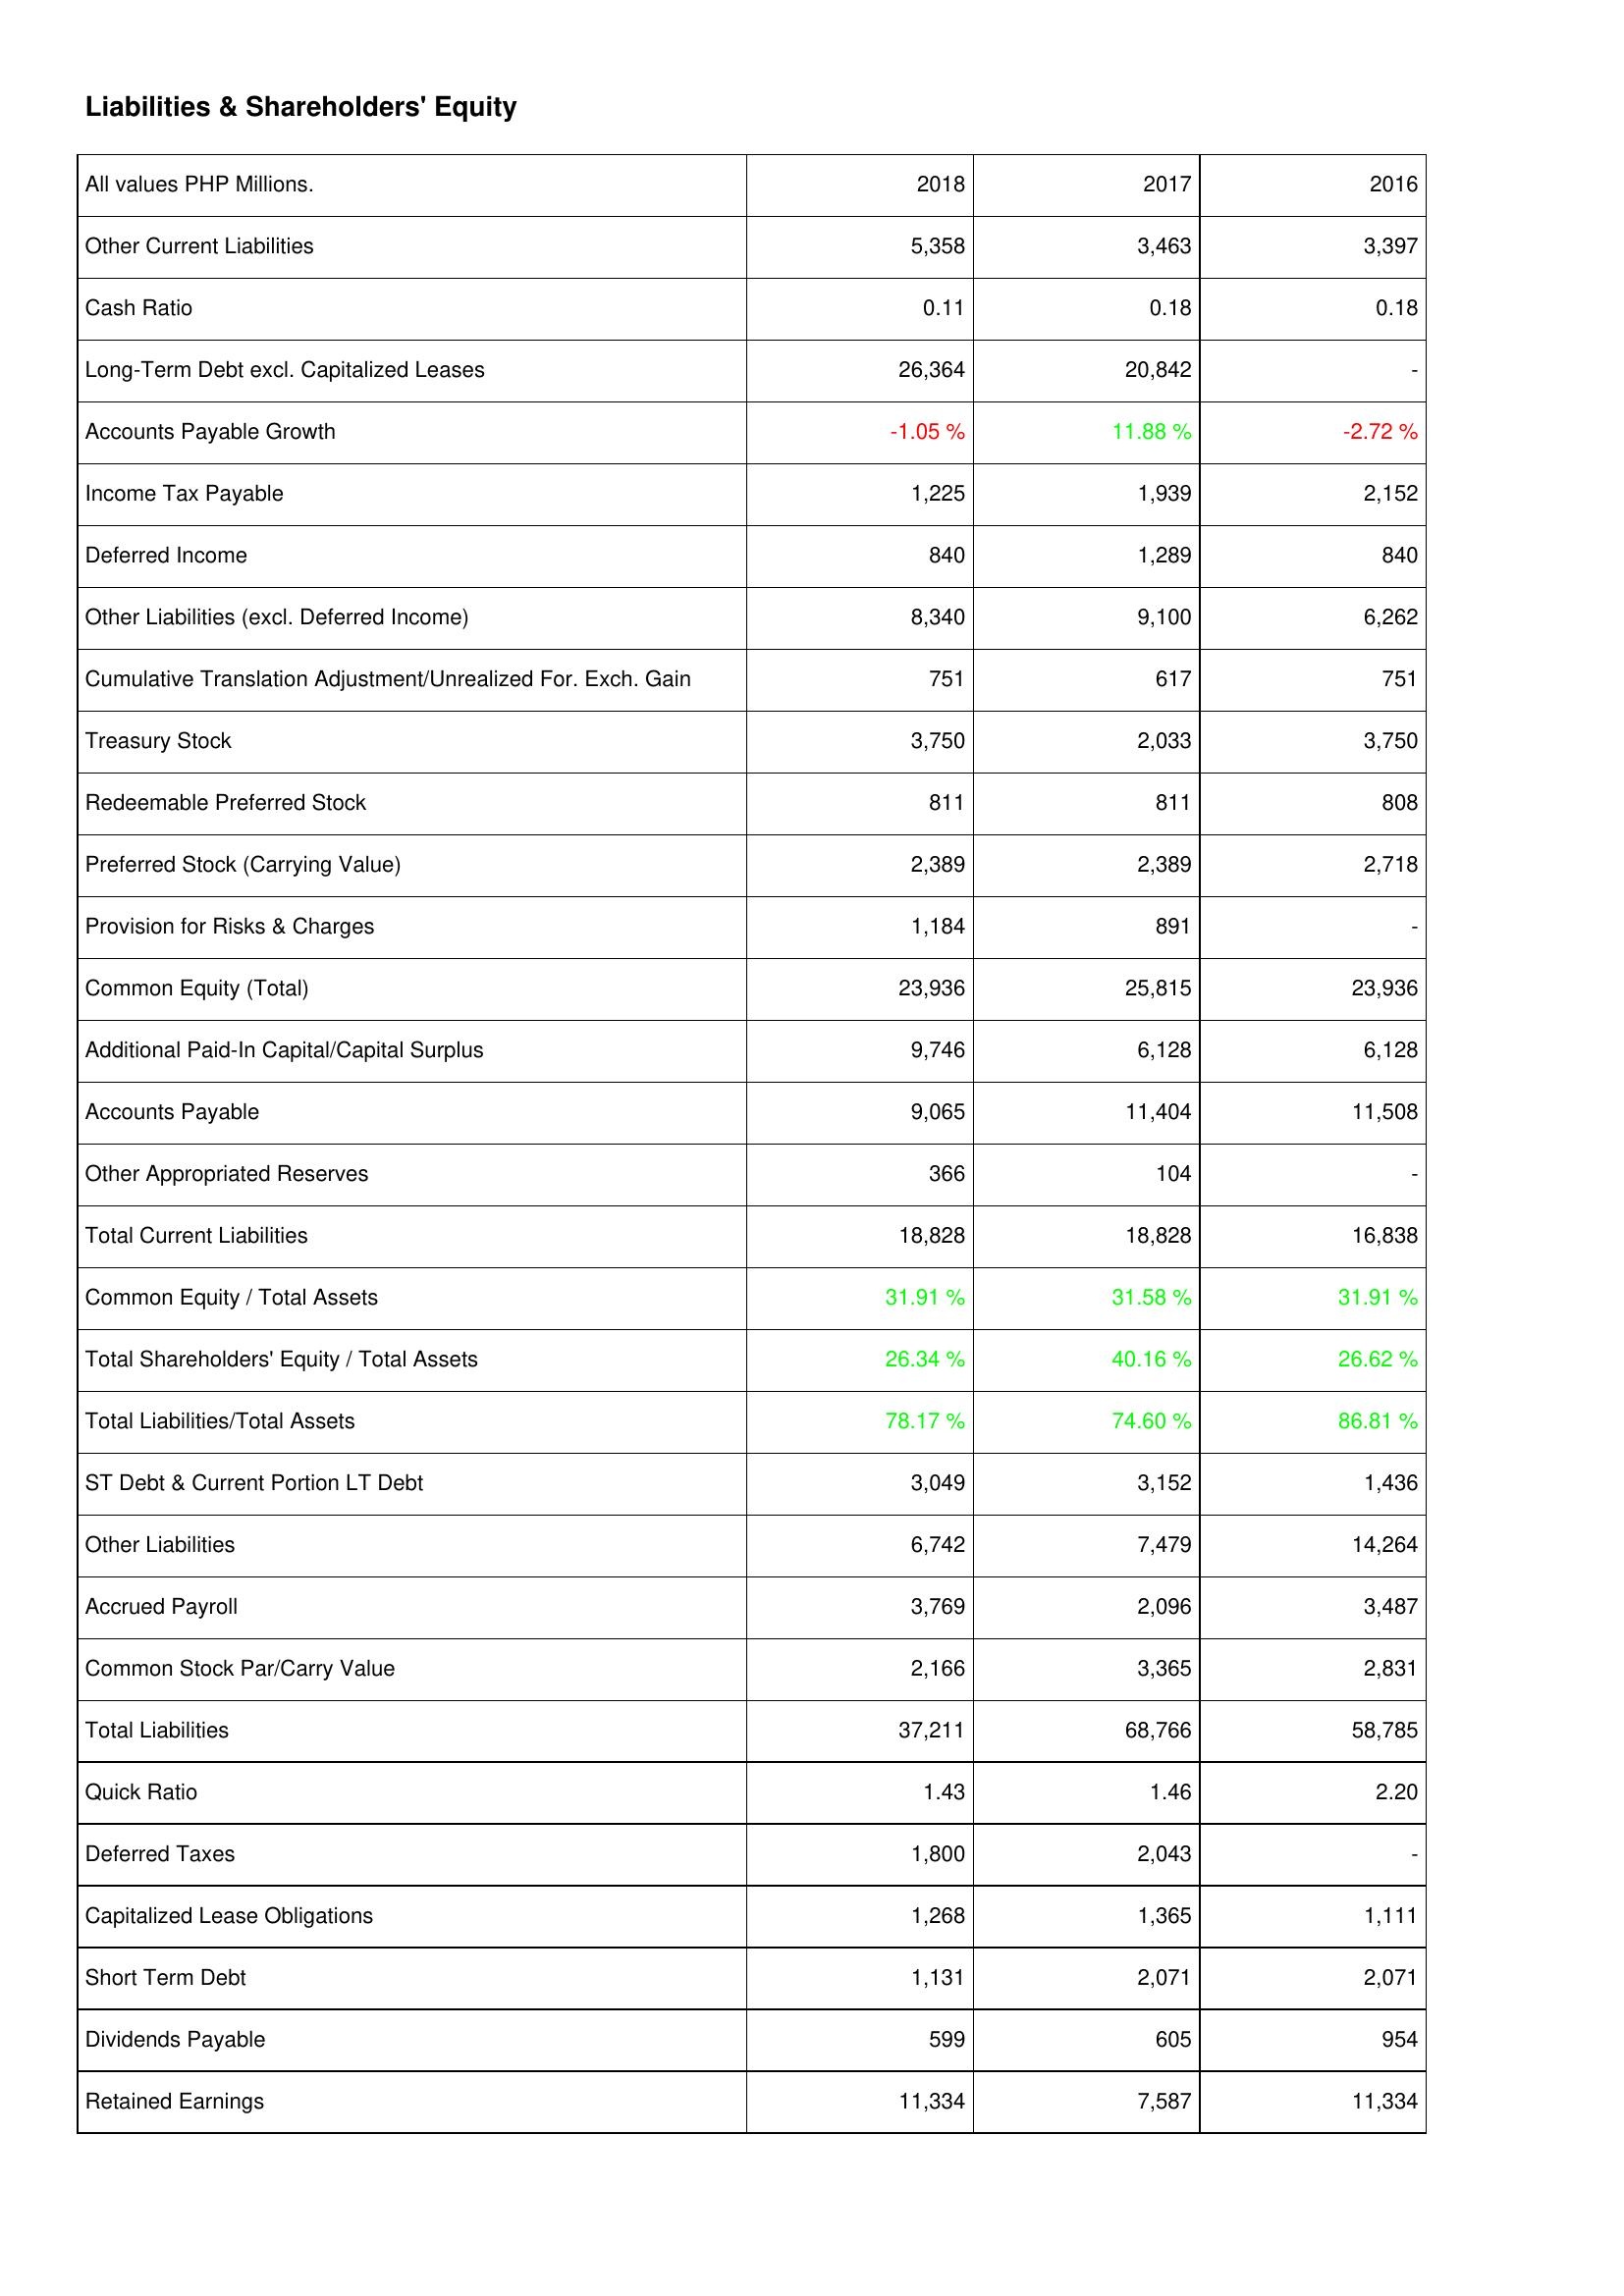
2018: Liabilities & Shareholders' Equity: Other Current Liabilities: 5,358
Cash Ratio: 0.11
Long-Term Debt excl. Capitalized Leases: 26,364
Accounts Payable Growth: -1.05 %
Income Tax Payable: 1,225
Deferred Income: 840
Other Liabilities (excl. Deferred Income): 8,340
Cumulative Translation Adjustment/Unrealized For. Exch. Gain: 751
Treasury Stock: 3,750
Redeemable Preferred Stock: 811
Preferred Stock (Carrying Value): 2,389
Provision for Risks & Charges: 1,184
Common Equity (Total): 23,936
Additional Paid-In Capital/Capital Surplus: 9,746
Accounts Payable: 9,065
Other Appropriated Reserves: 366
Total Current Liabilities: 18,828
Common Equity / Total Assets: 31.91 %
Total Shareholders' Equity / Total Assets: 26.34 %
Total Liabilities/Total Assets: 78.17 %
ST Debt & Current Portion LT Debt: 3,049
Other Liabilities: 6,742
Accrued Payroll: 3,769
Common Stock Par/Carry Value: 2,166
Total Liabilities: 37,211
Quick Ratio: 1.43
Deferred Taxes: 1,800
Capitalized Lease Obligations: 1,268
Short Term Debt: 1,131
Dividends Payable: 599
Retained Earnings: 11,334
2017: Liabilities & Shareholders' Equity: Other Current Liabilities: 3,463
Cash Ratio: 0.18
Long-Term Debt excl. Capitalized Leases: 20,842
Accounts Payable Growth: 11.88 %
Income Tax Payable: 1,939
Deferred Income: 1,289
Other Liabilities (excl. Deferred Income): 9,100
Cumulative Translation Adjustment/Unrealized For. Exch. Gain: 617
Treasury Stock: 2,033
Redeemable Preferred Stock: 811
Preferred Stock (Carrying Value): 2,389
Provision for Risks & Charges: 891
Common Equity (Total): 25,815
Additional Paid-In Capital/Capital Surplus: 6,128
Accounts Payable: 11,404
Other Appropriated Reserves: 104
Total Current Liabilities: 18,828
Common Equity / Total Assets: 31.58 %
Total Shareholders' Equity / Total Assets: 40.16 %
Total Liabilities/Total Assets: 74.60 %
ST Debt & Current Portion LT Debt: 3,152
Other Liabilities: 7,479
Accrued Payroll: 2,096
Common Stock Par/Carry Value: 3,365
Total Liabilities: 68,766
Quick Ratio: 1.46
Deferred Taxes: 2,043
Capitalized Lease Obligations: 1,365
Short Term Debt: 2,071
Dividends Payable: 605
Retained Earnings: 7,587
2016: Liabilities & Shareholders' Equity: Other Current Liabilities: 3,397
Cash Ratio: 0.18
Long-Term Debt excl. Capitalized Leases: -
Accounts Payable Growth: -2.72 %
Income Tax Payable: 2,152
Deferred Income: 840
Other Liabilities (excl. Deferred Income): 6,262
Cumulative Translation Adjustment/Unrealized For. Exch. Gain: 751
Treasury Stock: 3,750
Redeemable Preferred Stock: 808
Preferred Stock (Carrying Value): 2,718
Provision for Risks & Charges: -
Common Equity (Total): 23,936
Additional Paid-In Capital/Capital Surplus: 6,128
Accounts Payable: 11,508
Other Appropriated Reserves: -
Total Current Liabilities: 16,838
Common Equity / Total Assets: 31.91 %
Total Shareholders' Equity / Total Assets: 26.62 %
Total Liabilities/Total Assets: 86.81 %
ST Debt & Current Portion LT Debt: 1,436
Other Liabilities: 14,264
Accrued Payroll: 3,487
Common Stock Par/Carry Value: 2,831
Total Liabilities: 58,785
Quick Ratio: 2.20
Deferred Taxes: -
Capitalized Lease Obligations: 1,111
Short Term Debt: 2,071
Dividends Payable: 954
Retained Earnings: 11,334